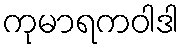
ကုမာရကဝါဒါ